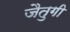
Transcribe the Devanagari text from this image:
जैतुगी